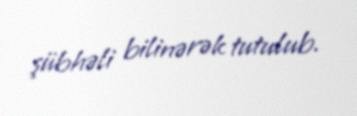
şübhəli bilinərək tutulub.